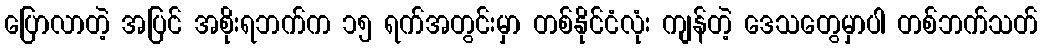
ပြောလာတဲ့ အပြင် အစိုးရဘက်က ၁၅ ရက်အတွင်းမှာ တစ်နိုင်ငံလုံး ကျန်တဲ့ ဒေသတွေမှာပါ တစ်ဘက်သတ်